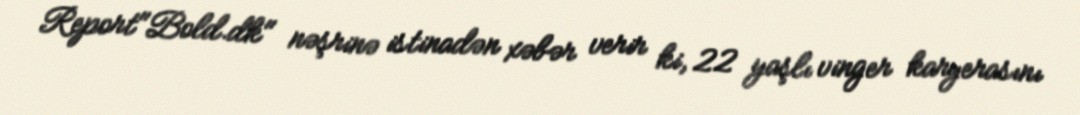
Report"Bold.dk" nəşrinə istinadən xəbər verir ki, 22 yaşlı vinger karyerasını